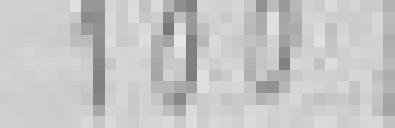
100 kilogrammes